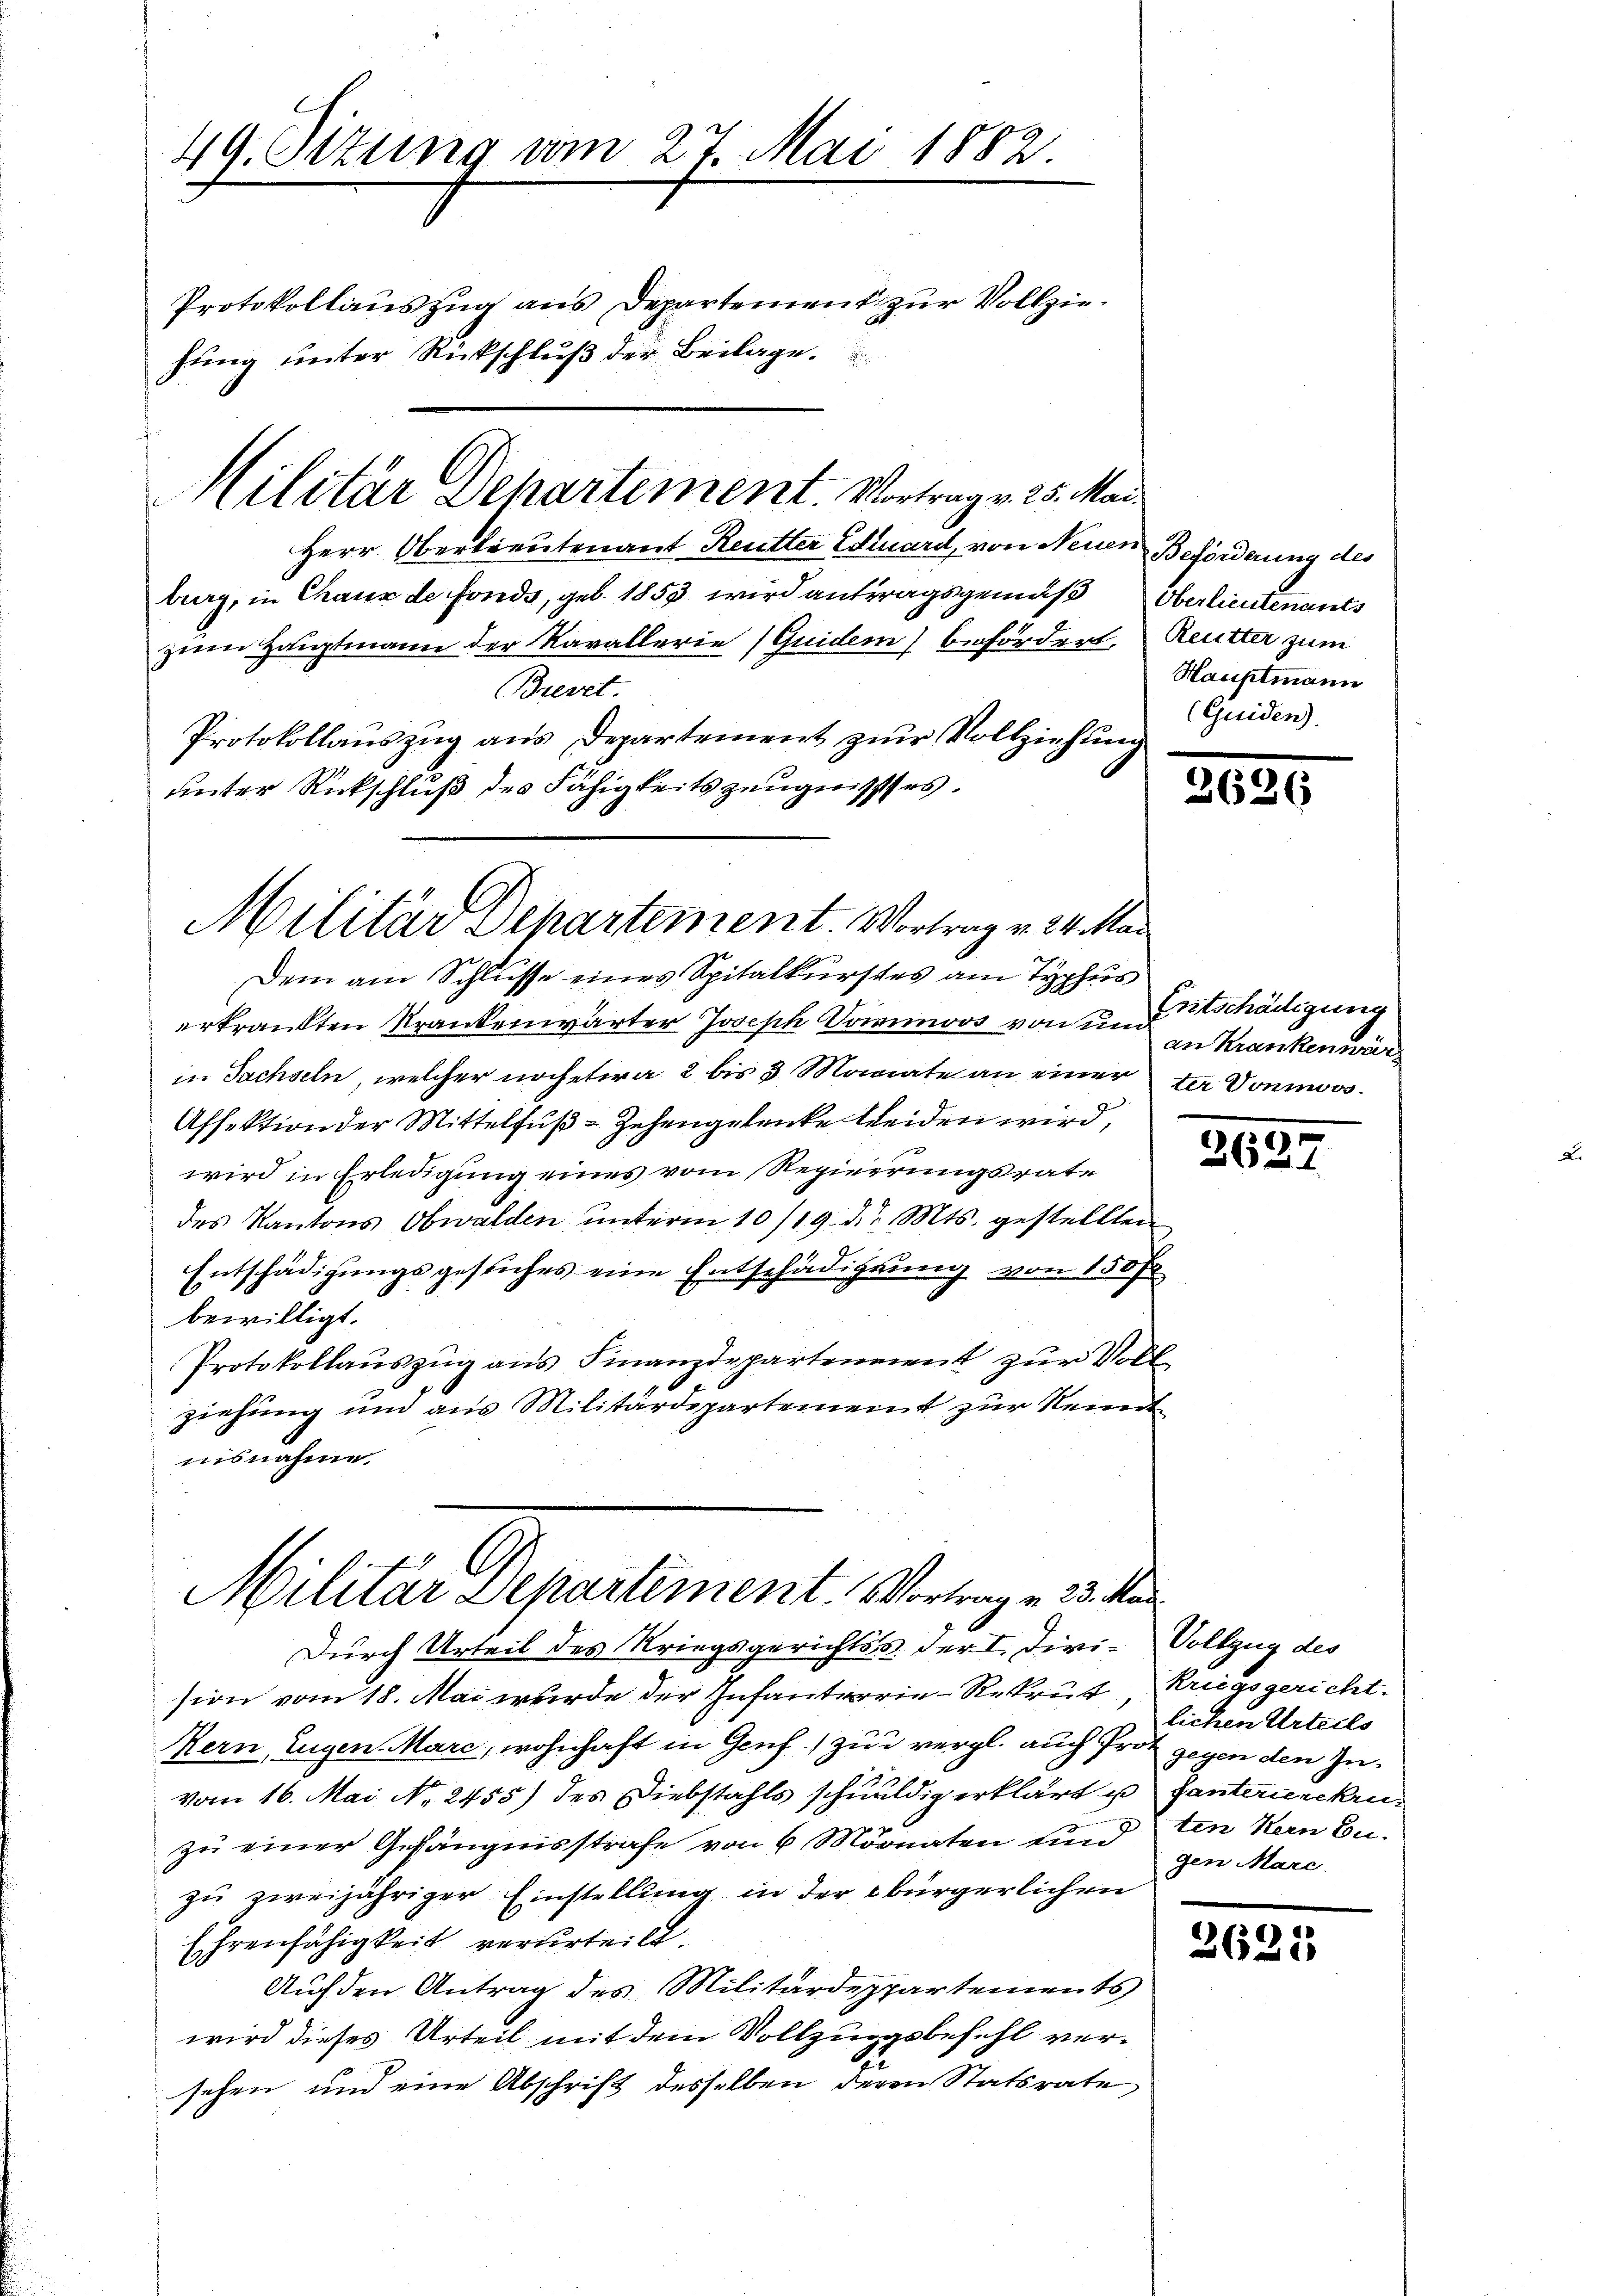
49. Ottung vom 27. Mai 1882.
Protokollauszug aus Departement zur Vollziehung unter Rückschluß der Beilage.

Herr Obertreutenant Reutter Eduard, von Neuen Beförderung des
burg, in Chaux de fonds, geb. 1853 wird antragsgemäß Oberlieutenants
zum Hauptmann der Kavallerie (Guidem befördert, Reutter zum
Brevet.
Protokollauszug aus Departement zur Vollziehung
unter Rückschluß des Fähigkeitszeugnisses.
Militär Departement. Vortrag v. 24. Mar

Militär Departement. Vortrag v. 25. Mai

Dem am Schlusse eines Spitalkurstes am Typhus
erkränkten Krankenwärter Joseph Domoos von entschädigung
in Sachseln, welcher noch etwa 2 bis 3 Monate an einer der Donnwos¬
Affektion der Mittelfuß-Zehengelenke beiden wird,
wird in Erledigung eines vom Regierungsrate
des Kantons Obwalden, ŭnterm 10/19. d. Mts. gestellten
Entschädigungsgesuches eine Entschädigung von 150 f
bewilligt.
Protokollaŭszŭg aŭs Finanzdepartenaient zŭr Voll-
ziehung und aus Militärdepartement zur Kennt
misnahme

Militär Departiment. Vortrage 23. Ma

Hauptmann
(Guiden).

Durch Urteil des Kriegsgerichts der I. Divi-Vollzug des
sion vom 18. Mai wurde der Infanterrie-Rekrut, Kriegsgericht.
Kern, Eugen Marc, wohnhaft in Genf.) zu vergl. auch Prot gegen den Zuvom 16. Mai No 2455) des Diebstahls schuldig erklärt u Ganterierekruzu einer Gefängnisstrafe von 6 Monaten sind ten Kern Cu-
zu zweijähriger Einstellung in der bürgerlichen
Ehrenfähigkeit verurteilt.
Auf den Antrag des Militärdeppartements
wird dieses Urteil mit dem Vollzungsbefehl versehen und eine Abschrift desselben deren Statsrate

20.

an Krankenwär¬

2627

lichen Urteils
gen Marc.

2621